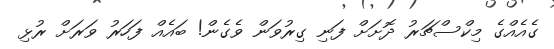
ގެއެއްގެ މިކްސްޗަރު ދޮށަށް ފަނި ގިރުވަން ވެގެން! ބައެއް ފަހަރު ވަރަށް ރުޅި